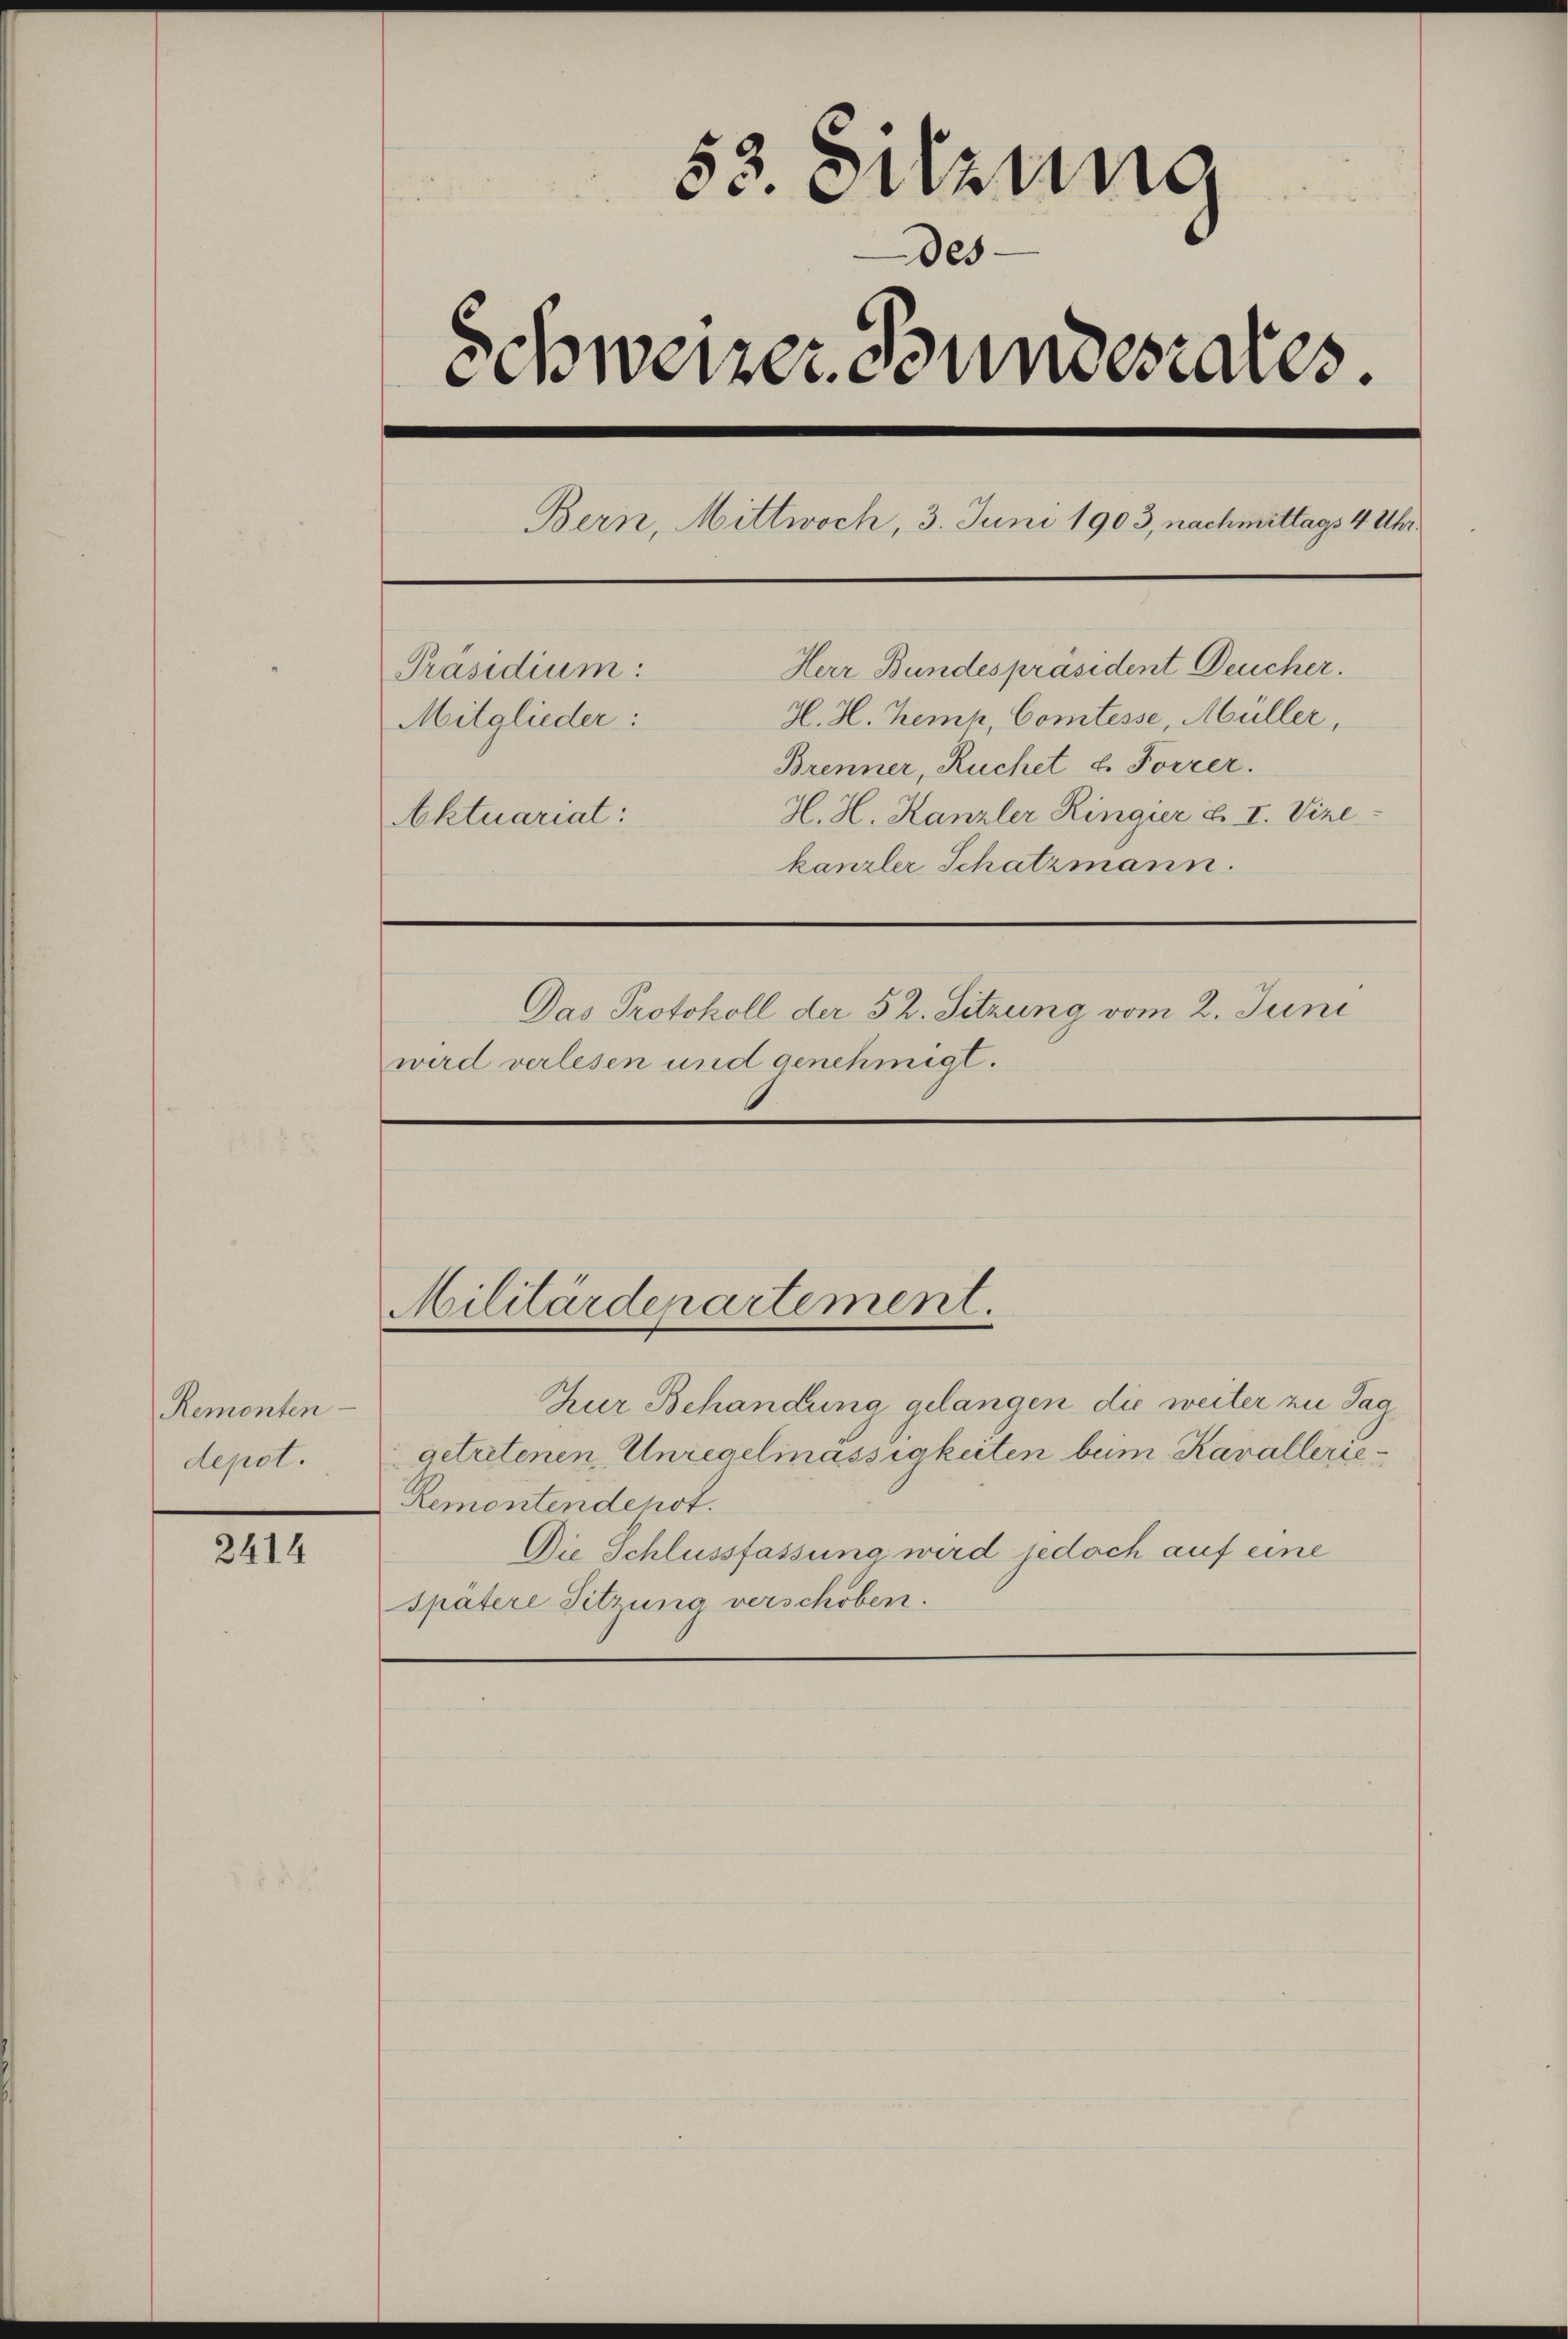
Remonten
depst.

2414

53. Sitzung
des
Schweizer Bundesrates.
Bern, Mittwoch, 3. Juni 1903, nachmittags 4 Uhr.
Herr Bundespräsident Deucher.
Präsidium:
H. H. Kemp, Comtesse, Müller,
Mitglieder:
Brenner, Ruchet u. Forrer.
H. H. Kanzler Ringier u. I. Vize
Aktuariat:
kanzler Schatzmann.
Das Protokoll der 52. Sitzung vom 2. Juni
wird verlesen und genehmigt.

Militärdepartement.

Zur Behandung gelangen die weiter zu Tag
getretenen Unregelmässigkeiten bei Kavallerie¬
Remontendenot.
Die Schlussfassung wird jedoch auf eine
Spätere Sitzung verschoben.